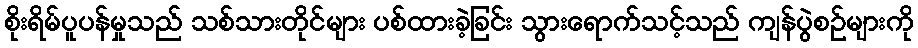
စိုးရိမ်ပူပန်မှုသည် သစ်သားတိုင်များ ပစ်ထားခဲ့ခြင်း သွားရောက်သင့်သည် ကျန်ပွဲစဉ်များကို